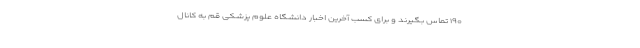
۱۹۰ تماس بگیرند و برای کسب آخرین اخبار دانشگاه علوم پزشکی قم به کانال